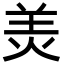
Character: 羙